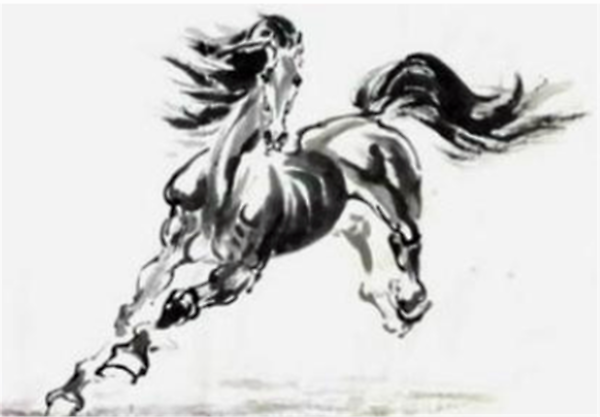
日永如年愁难度。高城回首，暮云遮尽，目断人何处？